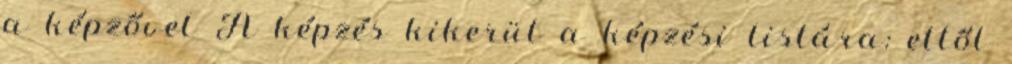
a képzővel A képzés kikerül a képzési listára: ettől